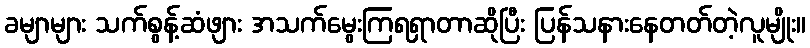
ခမျာများ သက်စွန့်ဆံဖျား အသက်မွေးကြရရှာတာဆိုပြီး ပြန်သနားနေတတ်တဲ့လူမျိုး။